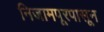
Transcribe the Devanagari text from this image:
निजामपूरपासून